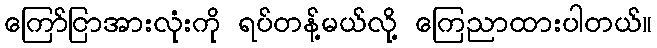
ကြော်ငြာအားလုံးကို ရပ်တန့်မယ်လို့ ကြေညာထားပါတယ်။